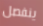
ينفصل